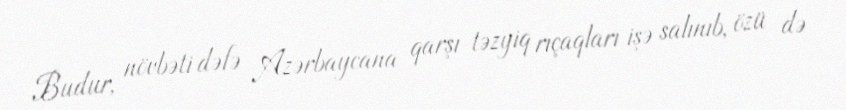
Budur, növbəti dəfə Azərbaycana qarşı təzyiq rıçaqları işə salınıb, özü də